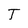
Character: T